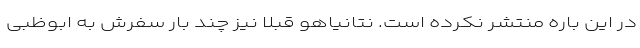
در این باره منتشر نکرده است. نتانیاهو قبلا نیز چند بار سفرش به ابوظبی